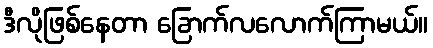
ဒီလိုဖြစ်နေတာ ခြောက်လလောက်ကြာမယ်။